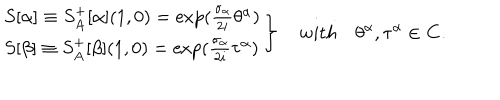
\left. \begin{array} { l } { { S [ \alpha ] \equiv S _ { A } ^ { + } [ \alpha ] ( 1 , 0 ) = \exp ( \frac { \sigma _ { \alpha } } { 2 i } \theta ^ { \alpha } ) } } \\ { { S [ \beta ] \equiv S _ { A } ^ { + } [ \beta ] ( 1 , 0 ) = \exp ( \frac { \sigma _ { \alpha } } { 2 i } \tau ^ { \alpha } ) } } \\ \end{array} \right\} \quad w i t h \quad \theta ^ { \alpha } , \tau ^ { \alpha } \in { \bf C } .